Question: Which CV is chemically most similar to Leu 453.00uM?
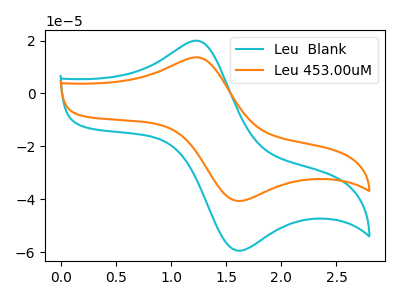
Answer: <think>The cyan curve "Leu  Blank" has an anodic peak at (1.25V, 19.85uA) and a cathodic peak at (1.60V, -59.45uA). The orange curve "Leu 453.00uM" has an anodic peak at (1.25V, 13.55uA) and a cathodic peak at (1.60V, -40.65uA).
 All the peaks in "Leu  Blank" have a peak in "Leu 453.00uM" at the same potential. Every peak in "Leu  Blank" is higher than every peak in "Leu 453.00uM".</think>
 <answer>The CV with the most similar shape to "Leu  Blank" is "Leu 453.00uM".</answer>
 <eval>"Leu 453.00uM"</eval>